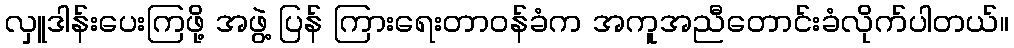
လှူဒါန်းပေးကြဖို့ အဖွဲ့ ပြန် ကြားရေးတာဝန်ခံက အကူအညီတောင်းခံလိုက်ပါတယ်။